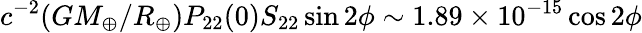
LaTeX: c^{-2}(GM_{\oplus}/R_{\oplus})P_{22}(0)S_{22}\sin 2\phi\sim 1.89\times 10^{-15}\cos 2\phi